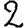
Digit: 2